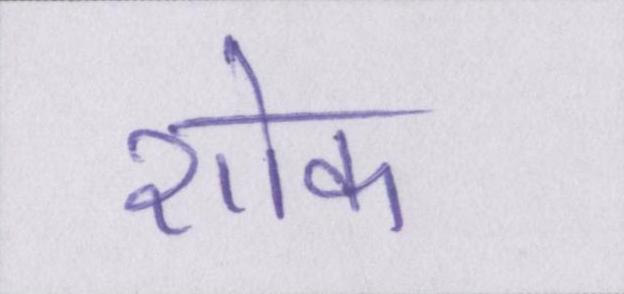
शोक